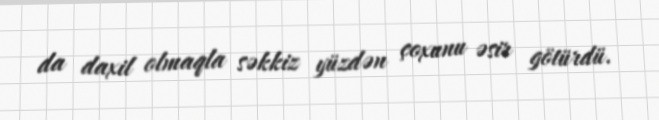
da daxil olmaqla səkkiz yüzdən çoxunu əsir götürdü.